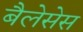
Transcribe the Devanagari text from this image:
बैलेसेस